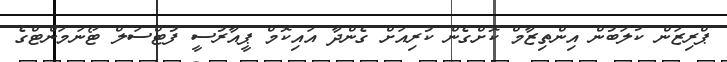
ޕްރިޒަން ކުލަބުން އިންތިޒާމް ކޮށްގެން ކުރިއަށް ގެންދާ އައިކޮމް ޕީއާރުސީ ފުޓްސަލް ޓޯނަމަންޓްގެ